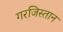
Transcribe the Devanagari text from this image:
गरजिस्तान